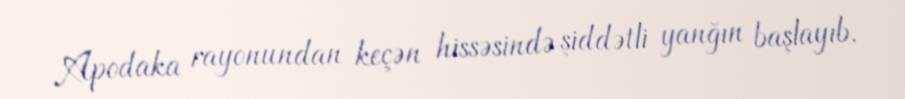
Apodaka rayonundan keçən hissəsində şiddətli yanğın başlayıb.